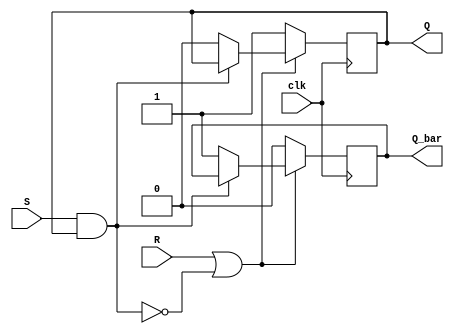
module sr_flip_flop (
        input wire S,
        input wire R,
        input wire clk,
        output reg Q,
        output reg Q_bar
    );

    // Internal wires
    wire nand_out, nor_out;

    // NAND gates
    assign nand_out = ~(S & Q);
    assign nor_out = ~(R | nand_out);

    // Clock trigger
    always @(posedge clk) begin
        if (nor_out) begin
            Q <= 1'b1;
            Q_bar <= 1'b0;
        end else if (nand_out) begin
            Q <= 1'b0;
            Q_bar <= 1'b1;
        end
    end

endmodule